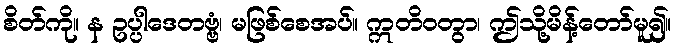
စိတ်ကို။ န ဥပ္ပါဒေတဗ္ဗံ၊ မဖြစ်စေအပ်။ ဣတိဝတွာ၊ ဤသို့မိန့်တော်မူ၍။